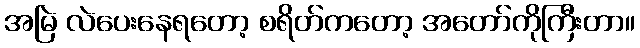
အမြဲ လဲပေးနေရတော့ စရိတ်ကတော့ အတော်ကိုကြီးတာ။